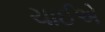
ચાઈએ